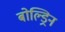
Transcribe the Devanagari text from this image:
बोल्ड्रिन